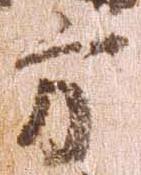
方